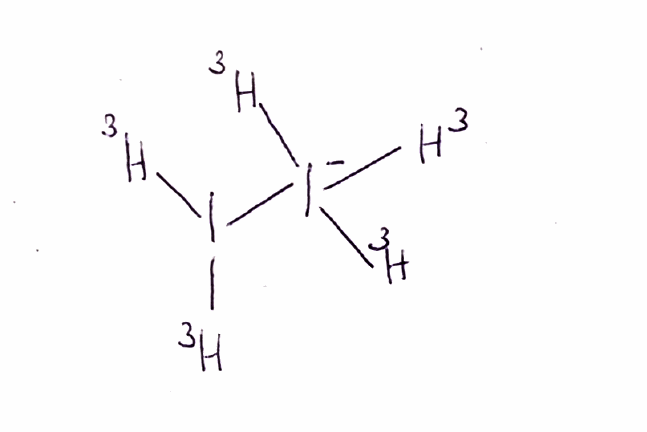
Simplified molecular-input line-entry system (SMILES) notation of the given molecule:
[3H]I([3H])[I-]([3H])([3H])[3H]